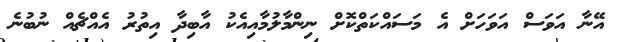
އޭނާ އަވަސް އަވަހަށް އެ މަސައްކަތްކޮށް ނިންމާލުމާއިއެކު އާބިދާ އިތުރު އެއްޗެއް ނުބުނެ